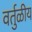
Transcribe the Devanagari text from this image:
वर्तुळीय